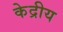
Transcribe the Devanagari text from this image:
केद्रीय